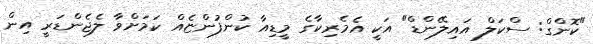
"ކޮންގް: ސްކަލް އައިލޭންޑް" އަކީ އެމެރިކާގެ މީޑިއާ ކުންފުންޏެއް ކަމަށްވާ ލެޖެންޑަރީ އިން